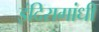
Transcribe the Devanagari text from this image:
इंदिरागांधी